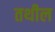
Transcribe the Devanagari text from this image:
तथील